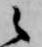
候